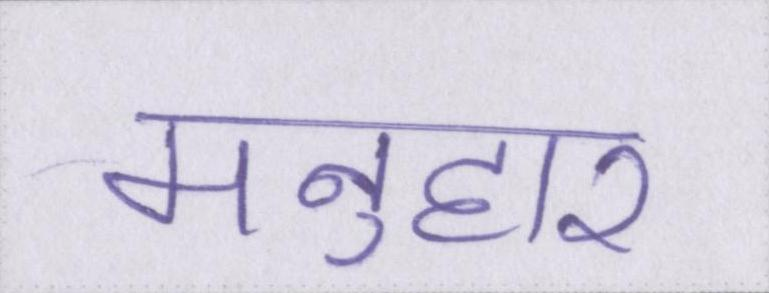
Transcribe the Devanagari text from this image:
मनुहार